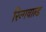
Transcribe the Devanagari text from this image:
रिन्गवाल्ड